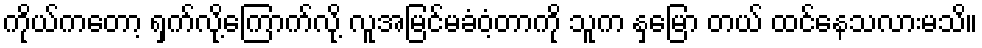
ကိုယ်ကတော့ ရှက်လို့ကြောက်လို့ လူအမြင်မခံဝံ့တာကို သူက နှမြော တယ် ထင်နေသလားမသိ။